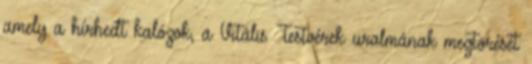
amely a hírhedt kalózok, a Vitális Testvérek uralmának megtörését